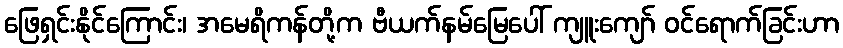
ဖြေရှင်းနိုင်ကြောင်း၊ အမေရိကန်တို့က ဗီယက်နမ်မြေပေါ် ကျူးကျော် ဝင်ရောက်ခြင်းဟာ